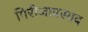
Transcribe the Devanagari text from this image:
गिरीजाप्रसाद